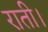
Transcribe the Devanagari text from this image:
राती।